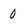
Character: 0